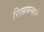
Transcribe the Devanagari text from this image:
रिलायन्सने